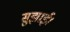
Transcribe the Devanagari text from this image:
सुझाई।